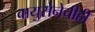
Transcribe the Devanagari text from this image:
वायुसेनेचीही